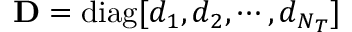
\mathbf { D } = \mathrm { d i a g } [ d _ { 1 } , d _ { 2 } , \cdots , d _ { N _ { T } } ]